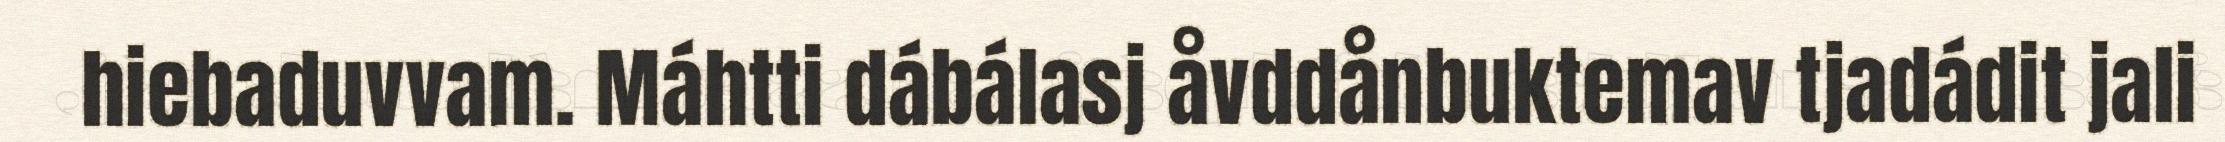
hiebaduvvam. Máhtti dábálasj åvddånbuktemav tjadádit jali